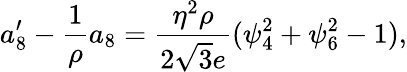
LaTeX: a_{8}^{\prime}-\frac{1}{\rho}a_{8}=\frac{\eta^{2}\rho}{2\sqrt{3}e}(\psi_{4}^{2}+\psi_{6}^{2}-1),